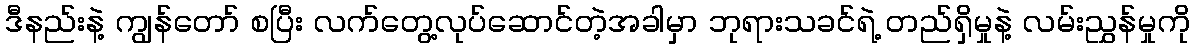
ဒီနည်းနဲ့ ကျွန်တော် စပြီး လက်တွေ့လုပ်ဆောင်တဲ့အခါမှာ ဘုရားသခင်ရဲ့ တည်ရှိမှုနဲ့ လမ်းညွှန်မှုကို